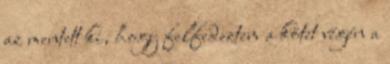
az mentett ki, hogy felfedeztem a kötet végén a